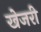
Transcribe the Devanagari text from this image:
खेजरी